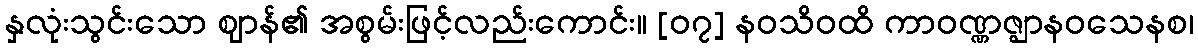
နှလုံးသွင်းသော ဈာန်၏ အစွမ်းဖြင့်လည်းကောင်း။ [၀၇] နဝသိဝထိ ကာဝဏ္ဏဇ္ဈာနဝသေနစ၊